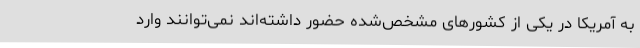
به آمریکا در یکی از کشورهای مشخص‌شده حضور داشته‌اند نمی‌توانند وارد